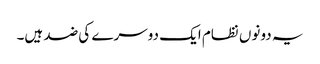
یہ دونوں نظام ایک دوسرے کی ضد ہیں۔